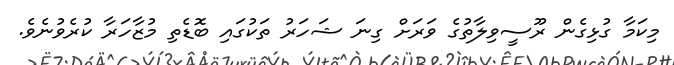
މިކަމާ ގުޅިގެން ރޫސީވިލާތުގެ ވަރަށް ގިނަ ޝަހަރު ތަކުގައި ބޮޑެތި މުޒާހަރާ ކުރެވުނެވެ.